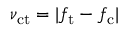
\nu _ { \mathrm { c t } } = | f _ { \mathrm { t } } - f _ { \mathrm { c } } |